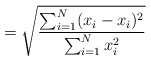
\begin{align*} = \sqrt{\frac{\sum_{i=1}^N (x_i - x_i)^2}{\sum_{i=1}^N x_i^2}}\end{align*}